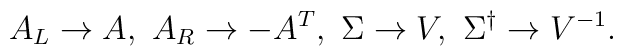
A_L \to A,\ A_R \to -A^T,\ \Sigma \to V,\ \Sigma^\dagger \to V^{-1}.